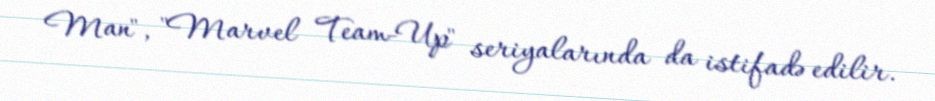
Man", "Marvel Team-Up" seriyalarında da istifadə edilir.